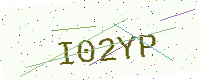
Text: I02YP